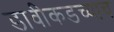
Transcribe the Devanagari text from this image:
डावीकडच्याच